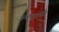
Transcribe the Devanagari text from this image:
अवधूतांचे